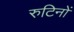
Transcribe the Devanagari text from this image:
रुटिनों